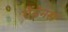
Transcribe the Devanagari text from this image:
पेंडेनस